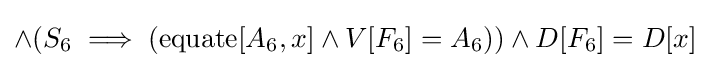
\land (S_{6}\implies (\operatorname {equate} [A_{6},x]\land V[F_{6}]=A_{6}))\land D[F_{6}]=D[x]